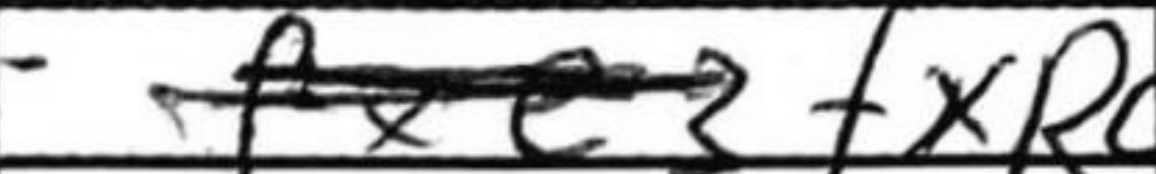
Transcription: fxRc